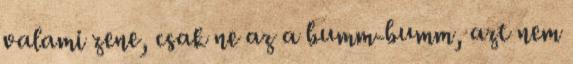
valami zene, csak ne az a bumm-bumm, azt nem